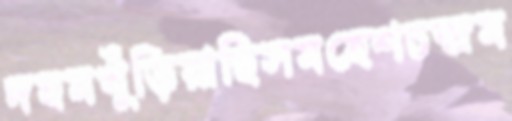
দহমখুঁড়িয়াছিসমহেশচন্দ্রম